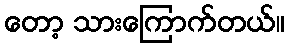
တော့ သားကြောက်တယ်။